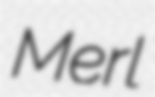
Merl